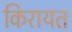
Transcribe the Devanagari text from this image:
किरायत